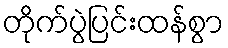
တိုက်ပွဲပြင်းထန်စွာ